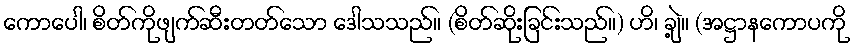
ကောပေါ၊ စိတ်ကိုဖျက်ဆီးတတ်သော ဒေါသသည်။ (စိတ်ဆိုးခြင်းသည်။) ဟိ၊ ချဲ့။ (အဋ္ဌာနကောပကို